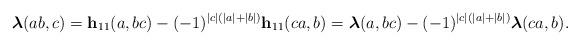
LaTeX: \begin{align*}\boldsymbol{\lambda}(ab,c)=\mathbf{h}_{11}(a,bc)-(-1)^{|c|(|a|+|b|)}\mathbf{h}_{11}(ca,b)=\boldsymbol{\lambda}(a,bc)-(-1)^{|c|(|a|+|b|)}\boldsymbol{\lambda}(ca,b).\end{align*}